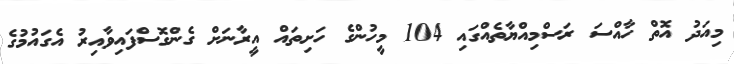
މިއަދު އޮތް ހާއްސަ ރަސްމިއްޔާތެއްގައި 104 މީހުންގެ ހަށިތައް އީރާނަށް ގެންގޮސްފައިވާއިރު އެގައުމުގެ